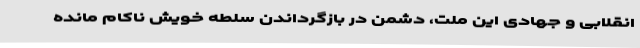
انقلابی و جهادی این ملت، دشمن در بازگرداندن سلطه خویش ناکام مانده